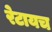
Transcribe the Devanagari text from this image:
रेटायच